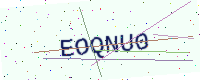
Text: EOQNU0